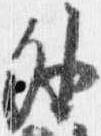
外